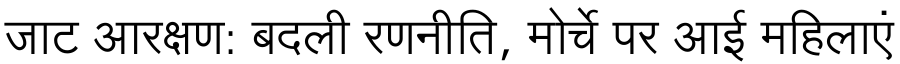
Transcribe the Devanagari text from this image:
जाट आरक्षण: बदली रणनीति, मोर्चे पर आई महिलाएं